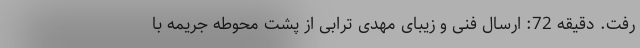
رفت. دقیقه 72: ارسال فنی و زیبای مهدی ترابی از پشت محوطه جریمه با